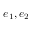
e _ { 1 } , e _ { 2 }